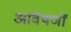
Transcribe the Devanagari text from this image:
आवेषणों